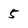
Character: 5